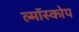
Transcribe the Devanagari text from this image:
ल्मॉस्कोप